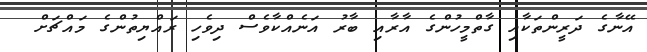
އޭނާގެ ދަރީންތަކާއި ގާތްމީހުންގެ އާރާއި ބާރު އަނެއްކާވެސް ދިވެހި ރައްޔިތުންގެ މައްޗަށް